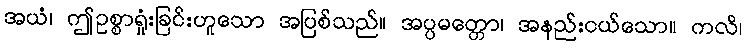
အယံ၊ ဤဥစ္စာရှုံးခြင်းဟူသော အပြစ်သည်။ အပ္ပမတ္တော၊ အနည်းငယ်သော။ ကလိ၊